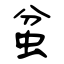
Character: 蚠